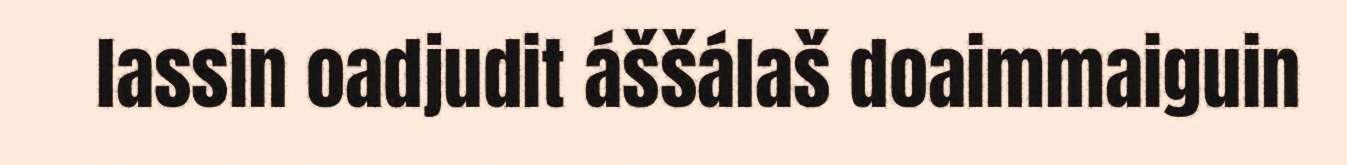
lassin oadjudit áššálaš doaimmaiguin